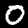
Label: 0